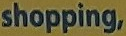
shopping